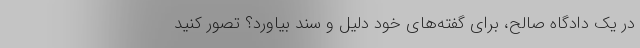
در یک دادگاه صالح، برای گفته‌های خود دلیل و سند بیاورد؟ تصور کنید